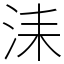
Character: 洡